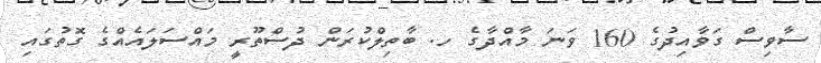
ސާވިސް ގަވާއިދުގެ 160 ވަނަ މާއްދާގެ ހ. ބާތިލްކުރަން ދުސްތޫރީ މައްސަލައެއްގެ ގޮތުގައި